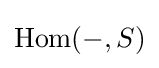
\operatorname {Hom} (-,S)